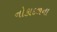
નોકાદળના